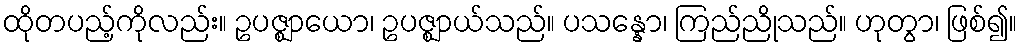
ထိုတပည့်ကိုလည်း။ ဥပဇ္ဈာယော၊ ဥပဇ္ဈာယ်သည်။ ပသန္နော၊ ကြည်ညိုသည်။ ဟုတွာ၊ ဖြစ်၍။